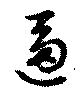
逼